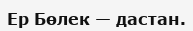
Ер Бөлек — дастан.